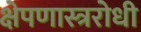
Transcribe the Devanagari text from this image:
क्षेपणास्त्ररोधी